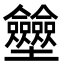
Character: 𡔗